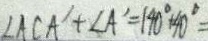
\angle A C A ^ { \prime } + \angle A ^ { \prime } = 1 4 0 ^ { \circ } + 4 0 ^ { \circ } =